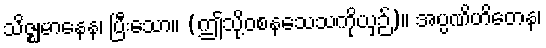
သိဇ္ဈမာနေန၊ ပြီးသော။ (ဤသို့ဝစနသေသကိုယှဉ်)။ အပ္ပဏိဟိတေန၊